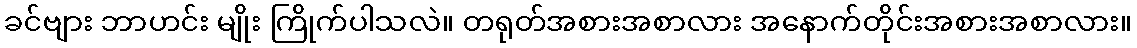
ခင်ဗျား ဘာဟင်း မျိုး ကြိုက်ပါသလဲ။ တရုတ်အစားအစာလား အနောက်တိုင်းအစားအစာလား။